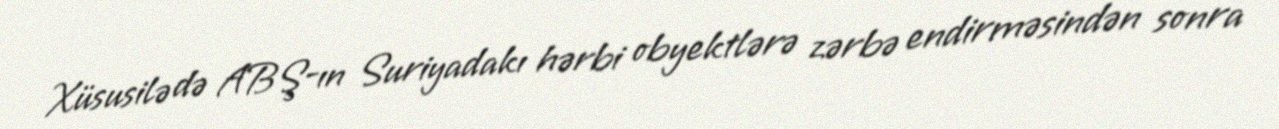
Xüsusilə də ABŞ-ın Suriyadakı hərbi obyektlərə zərbə endirməsindən sonra